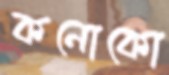
কনোকো